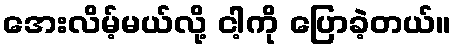
အေးလိမ့်မယ်လို့ ငါ့ကို ပြောခဲ့တယ်။